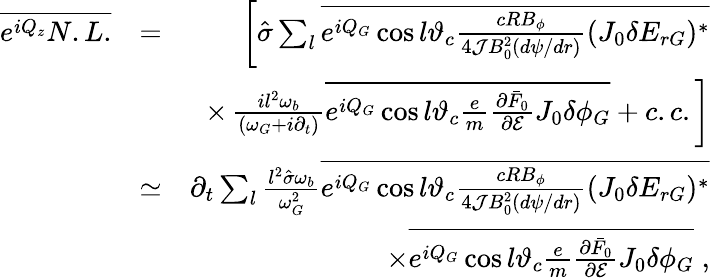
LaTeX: \begin{array}{rlr}{\overline{{e^{iQ_{z}}N.L.}}}&{=}&{\left[\hat{\sigma}\sum_{l}\overline{{e^{iQ_{G}}\cos l\vartheta_{c}\frac{cRB_{\phi}}{4{\cal J}B_{0}^{2}(d\psi/dr)}(J_{0}\delta E_{rG})^{*}}}\right.}\\ &{}&{\times\left.\frac{il^{2}\omega_{b}}{(\omega_{G}+i\partial_{t})}\overline{{e^{iQ_{G}}\cos l\vartheta_{c}\frac{e}{m}\frac{\partial\bar{F}_{0}}{\partial\mathcal{E}}J_{0}\delta\phi_{G}}}+c.c.\right]}\\ &{\simeq}&{\partial_{t}\sum_{l}\frac{l^{2}\hat{\sigma}\omega_{b}}{\omega_{G}^{2}}\overline{{e^{iQ_{G}}\cos l\vartheta_{c}\frac{cRB_{\phi}}{4{\cal J}B_{0}^{2}(d\psi/dr)}(J_{0}\delta E_{rG})^{*}}}}\\ &{}&{\times\overline{{e^{iQ_{G}}\cos l\vartheta_{c}\frac{e}{m}\frac{\partial\bar{F}_{0}}{\partial\mathcal{E}}J_{0}\delta\phi_{G}}}\; ,}\end{array}